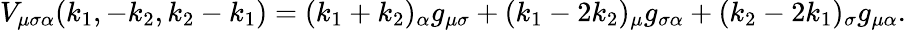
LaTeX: V_{\mu\sigma\alpha}(k_{1},-k_{2},k_{2}-k_{1})=(k_{1}+k_{2})_{\alpha}g_{\mu\sigma}+(k_{1}-2k_{2})_{\mu}g_{\sigma\alpha}+(k_{2}-2k_{1})_{\sigma}g_{\mu\alpha}.